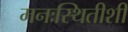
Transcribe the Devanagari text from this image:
मनःस्थितीशी